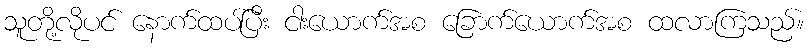
သူတို့လိုပင် နောက်ထပ်ပြီး ငါးယောက်အစ ခြောက်ယောက်အစ ထလာကြသည်။